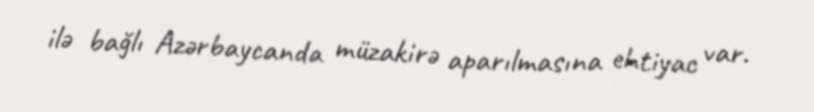
ilə bağlı Azərbaycanda müzakirə aparılmasına ehtiyac var.